Lunatic asylums United Provinces 1899-1908 - 1899-1908
Year: 1899
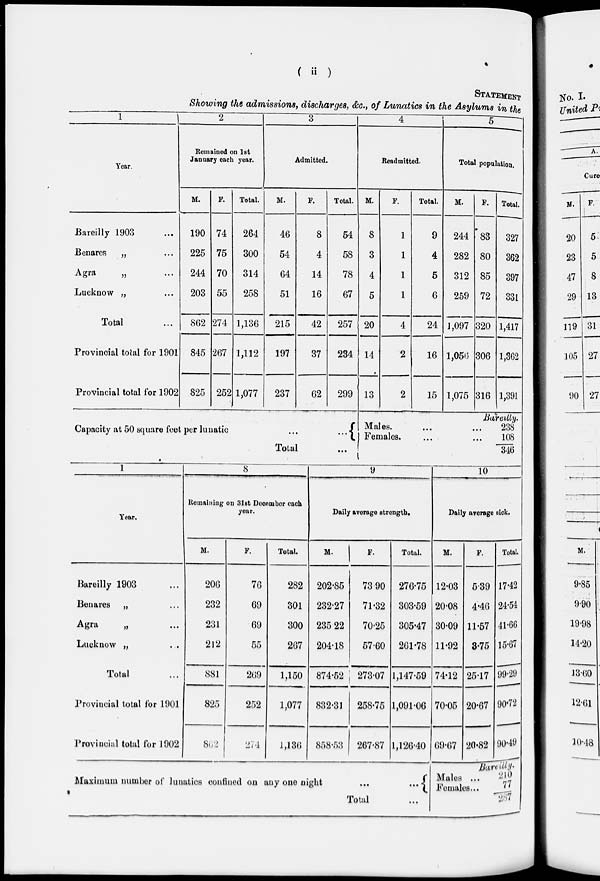
( ii )
STATEMENT
Showing the admissions, discharges, &c., of Lunatics in the Asylums in the
1
Year.
Bareilly 1903 ...
Benares
„ ...
Agra
„ ...
Lucknow „ ...
Total ...
Provincial total for 1901
Provincial total for 1902
2
Remained on 1st
January each year.
M.
190
225
244
203
862
845
825
F.
74
75
70
55
274
267
252
Total.
264
300
314
258
1,136
1,112
1,077
3
Admitted.
M.
46
54
64
51
215
197
237
F.
8
4
14
16
42
37
62
Total.
54
58
78
67
257
234
299
4
Readmitted.
M.
8
3
4
5
20
14
13
F.
1
1
1
1
4
2
2
Total.
9
4
5
6
24
16
15
5
Total population.
M.
244
282
312
259
1,097
1,056
1,075
F.
83
80
85
72
320
306
316
Total.
327
362
397
331
1,417
1,362
1,391
Capacity at 50 square feet per lunatic
...
...
Total ...
Bareilly.
Males. ... ...
Females. ... ...
238
108
346
1
Year.
Bareilly 1903 ...
Benares „ ...
Agra
„ ...
Lucknow „ ...
Total ...
Provincial total for 1901
Provincial total for 1902
8
Remaining on 31st December each
year.
M.
206
232
231
212
881
825
862
F.
76
69
69
55
269
252
274
Total.
282
301
300
267
1,150
1,077
1,136
9
Daily average strength.
M.
202.85
232.27
235.22
204.18
874.52
832.31
858.53
F.
73.90
71.32
70.25
57.60
273.07
258.75
267.87
Total.
276.75
303.59
305.47
261.78
1,147.59
1,091.06
1,126.40
10
Daily average sick.
M.
12.03
20.08
30.09
11.92
74.12
70.05
69.67
F.
5.39
4.46
11.57
3.75
25.17
20.67
20.82
Total.
17.42
24.54
41.66
15.67
99.29
90.72
90.49
Bareilly.
Maximum number of lunatics confined on any one
night
...
...
Males ...
Females ...
Total ...
210
77
287